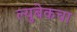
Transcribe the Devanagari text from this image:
ल्युबेकचा